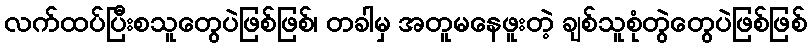
လက်ထပ်ပြီးစသူတွေပဲဖြစ်ဖြစ်၊ တခါမှ အတူမနေဖူးတဲ့ ချစ်သူစုံတွဲတွေပဲဖြစ်ဖြစ်